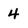
Character: 4